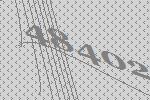
48402